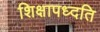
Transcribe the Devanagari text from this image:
शिक्षापध्दति